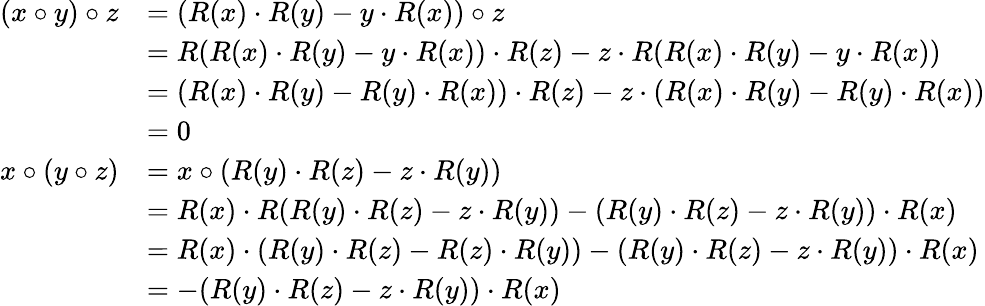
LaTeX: \begin{array}{rl}{(x\circ y)\circ z}&{=(R(x)\cdot R(y)-y\cdot R(x))\circ z}\\ &{=R(R(x)\cdot R(y)-y\cdot R(x))\cdot R(z)-z\cdot R(R(x)\cdot R(y)-y\cdot R(x))}\\ &{=(R(x)\cdot R(y)-R(y)\cdot R(x))\cdot R(z)-z\cdot(R(x)\cdot R(y)-R(y)\cdot R(x))}\\ &{=0}\\ {x\circ(y\circ z)}&{=x\circ(R(y)\cdot R(z)-z\cdot R(y))}\\ &{=R(x)\cdot R(R(y)\cdot R(z)-z\cdot R(y))-(R(y)\cdot R(z)-z\cdot R(y))\cdot R(x)}\\ &{=R(x)\cdot(R(y)\cdot R(z)-R(z)\cdot R(y))-(R(y)\cdot R(z)-z\cdot R(y))\cdot R(x)}\\ &{=-(R(y)\cdot R(z)-z\cdot R(y))\cdot R(x)}\end{array}